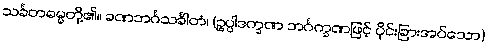
သင်္ခတဓမ္မတို့၏။ ခဏဘင်္ဂသင်္ခါတံ၊ (ဥပ္ပါဒက္ခဏ ဘင်္ဂက္ခဏဖြင့် ပိုင်းခြားအပ်သော)